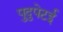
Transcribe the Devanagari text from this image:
पुदुपेटई